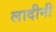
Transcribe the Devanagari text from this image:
लादीनी